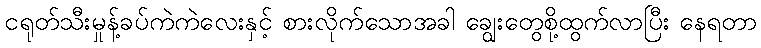
ငရုတ်သီးမှုန့်ခပ်ကဲကဲလေးနှင့် စားလိုက်သောအခါ ချွေးတွေစို့ထွက်လာပြီး နေရတာ